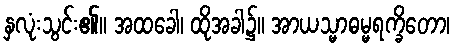
နှလုံးသွင်း၏။ အထခေါ၊ ထိုအခါ၌။ အာယသ္မာဓမ္မရက္ခိတော၊